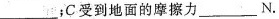
___；C受到地面的摩擦力___N.